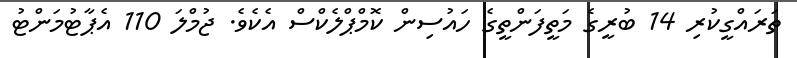
ތަރައްގީކުރި 14 ބުރީގެ މަތީފަންތީގެ ހައުސިން ކޮމްޕްލެކްސް އެކެވެ. ޖުމްލަ 110 އެޕާޓުމަންޓު